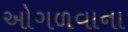
ઓગળવાના